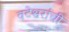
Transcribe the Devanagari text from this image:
वटेश्वरांची